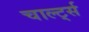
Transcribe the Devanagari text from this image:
चार्ल्ट्स